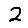
Digit: 2